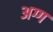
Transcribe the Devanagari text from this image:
अग्ग